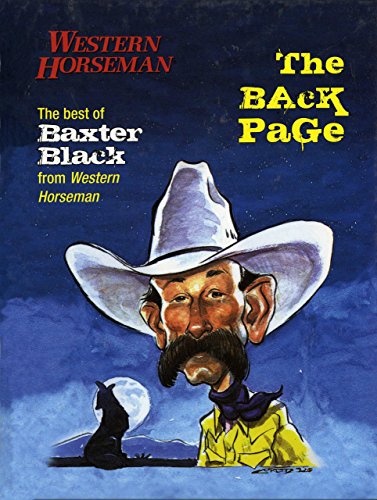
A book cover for Back Page: The Best Of Baxter Black From Western Horseman Revised; Baxter Black; Sports & Outdoors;